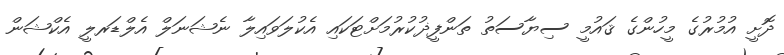
ދޮށީ އުމުރުގެ މީހުންގެ ޤައުމީ ސިޔާސަތު ތަންފީޛުކުރުމަށްޓަކައި އެކުލަވައިލާ ނެޝަނަލް އެލްޑަރލީ އެކްޝަން